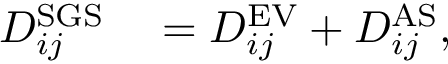
\begin{array} { r l } { D _ { i j } ^ { \mathrm { S G S } } } & { { } = D _ { i j } ^ { \mathrm { E V } } + D _ { i j } ^ { \mathrm { A S } } , } \end{array}